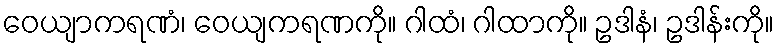
ဝေယျာကရဏံ၊ ဝေယျကရဏကို။ ဂါထံ၊ ဂါထာကို။ ဥဒါနံ၊ ဥဒါန်းကို။